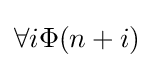
\forall i\Phi (n+i)\,\!